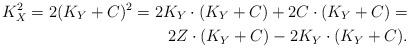
LaTeX: \begin{align*}K_X^2=2(K_Y+C)^2=2K_Y\cdot(K_Y+C) +2C\cdot (K_Y+C) = \\2Z\cdot (K_Y+C)-2K_Y\cdot (K_Y+C).\end{align*}